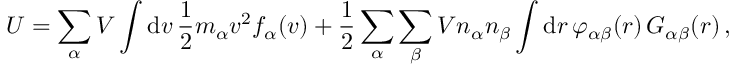
U = \sum _ { \alpha } V \int \mathrm { d } \boldsymbol { v } \, \frac { 1 } { 2 } m _ { \alpha } \boldsymbol { v } ^ { 2 } f _ { \alpha } ( \boldsymbol { v } ) + \frac { 1 } { 2 } \sum _ { \alpha } \sum _ { \beta } V n _ { \alpha } n _ { \beta } \int \mathrm { d } \boldsymbol { r } \, \varphi _ { \alpha \beta } ( \boldsymbol { r } ) \, G _ { \alpha \beta } ( \boldsymbol { r } ) \, ,